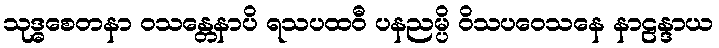
သုဒ္ဓစေတနာ ဝသန္တေနာပိ ရသပထဝီ ပနညမ္ပိ ဝိသပဝေသနေ နာဠန္ဒာယ